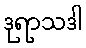
ဒုရာသဒါ